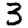
Digit: 3